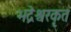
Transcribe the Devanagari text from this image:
भद्रेश्वरकृत